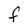
Character: F